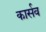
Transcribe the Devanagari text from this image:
कार्सव